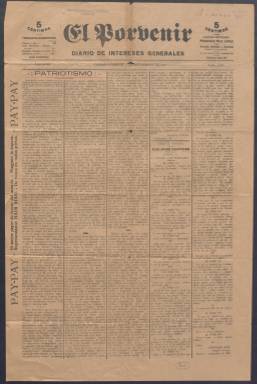
Título: El Porvenir (Tánger)
Colección: Periódicos
Ámbito geográfico: Marruecos
Lugar de publicación: Tánger
Fechas: 14/09/1917-30/06/1936